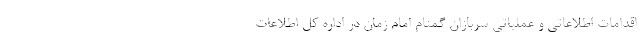
اقدامات اطلاعاتی و عملیاتی سربازان گمنام امام زمان در اداره کل اطلاعات